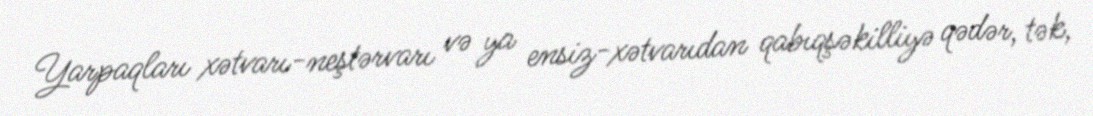
Yarpaqları xətvarı-neştərvarı və ya ensiz-xətvarıdan qabıqşəkilliyə qədər, tək,